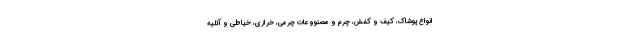
انواع پوشاک، کیف و کفش، چرم و مصنووعات چرمی، خرازی، خیاطی و آتلیه